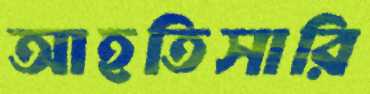
আহতিসারি